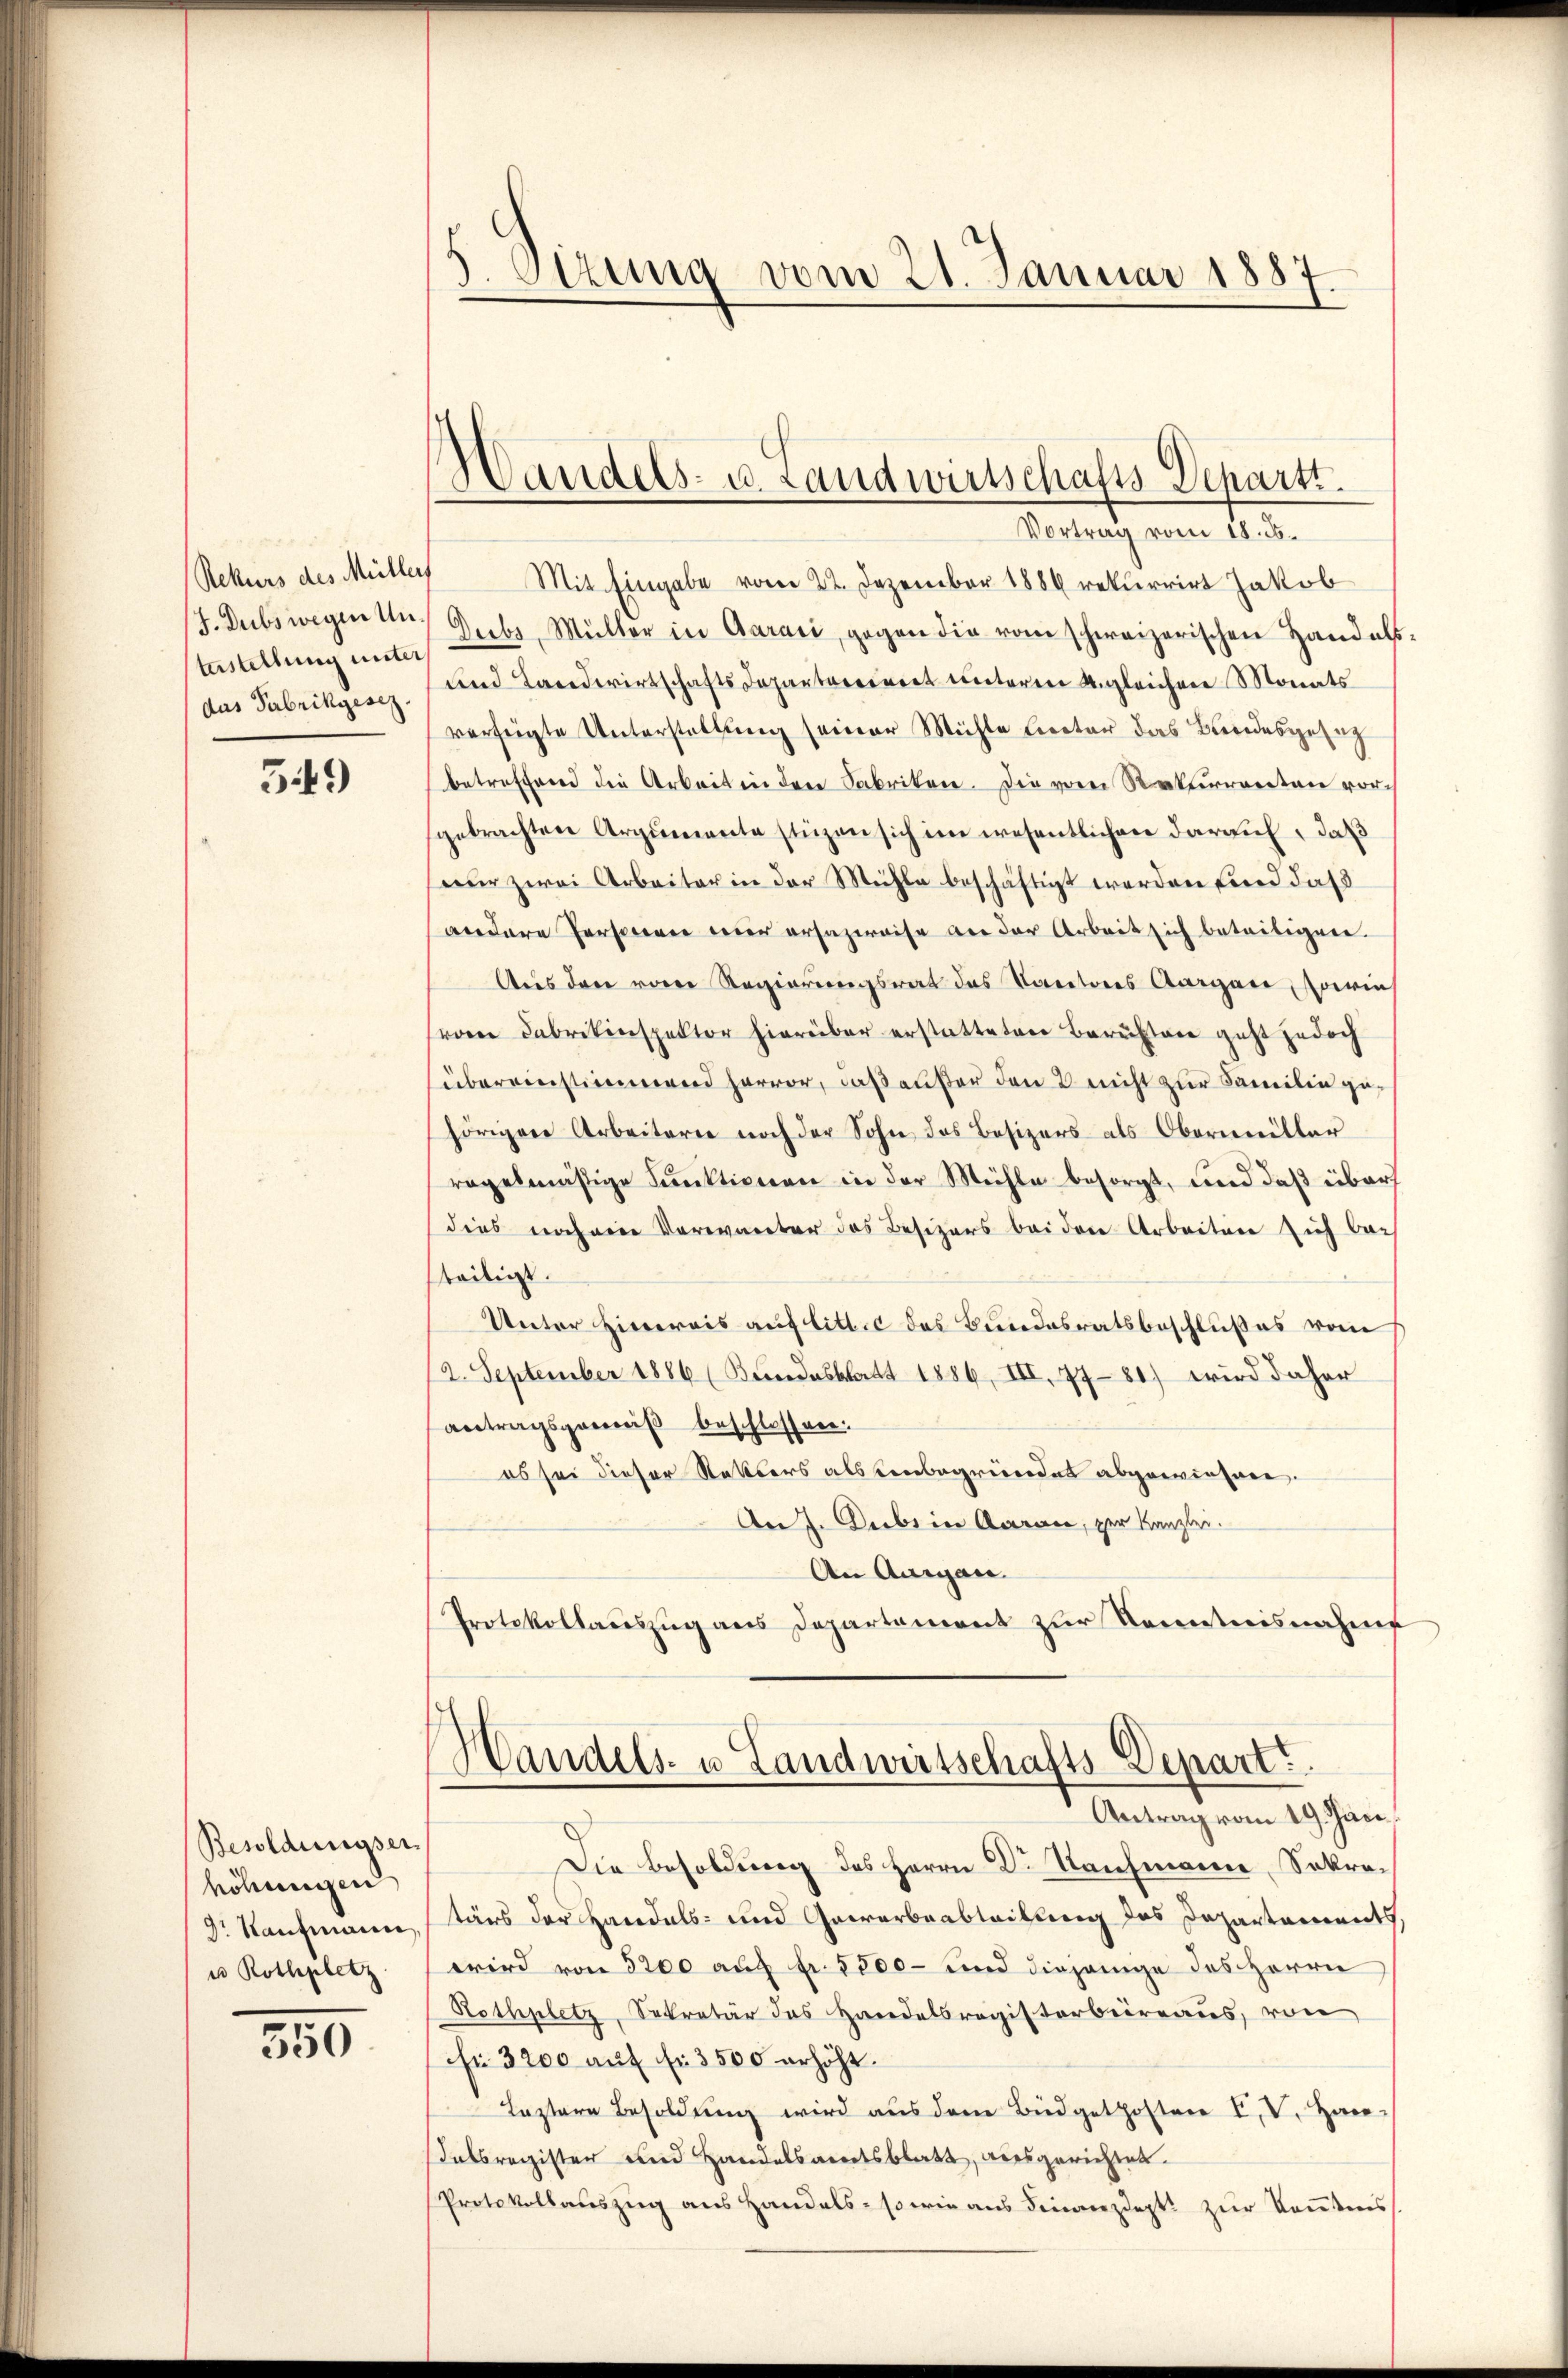
Rekurs des Müllers
J. Dubs wegen Untestellung unter
das Fabrikgesez.

549

Besoldungser
höheressen
9r Kaufmann
u Rothpletz

350

3. Sizung vom 21. Januar 1887.

¬
Standels- u. Landwirtschafts-Departi.

Vortrag vom 18. ds.
Mit Eingabe vom 22. Dezember 1886 rekurrirt Jakob
Diebs, Müller in Garaić, gegen die vom schweizerischen Handels-
und Landwirtschafts Departeriret unteren Ungleichen Monats
verfügte Unterstellung seiner Mühle Liector das Bundesgesag
betreffend die Arbeit in der Fabriken. Die vom Rekurrenten vor
sgebrachten Argumente stüzen sich im wesentlichen darauf, daß
eur zwei Arbeiter in der Mühle beschäftigt werden sind daß
andere Personen wer erhazweise an der Arbeit sich beteiligene
Aus den von Regierungsrat das Karitores Aargare, worin
von Fabrikinspektor hierüber erstatteten Berüftere geht jedoch
übereinstimmend hervor, daß außer den nicht zur Familie gehörigen Arbeiterne noch der Sohn das Besizers als Obermüller
regelmäßige Funktionen in der Mühle besorgt, und daß über
dies noch eine Verwarter das Besizers bei der Arbeiten sich bei
steiligt.
Unter Hinereis auf litt. c des Bundesratsbeschlußes vom
2. September 1886 (Bundesblatt 1886, III. 7781) wird daher
antragsgewiß beschlossen:
es sei dieser Retters als senbegründet abgewiesene.
An 2. Decbr in Aarace, per Kanzlei.
An Augen.
Protokollauszug aus Departement zur Kenntnisnahme
Handels- u. Landwirtschafts-Depart
Antrag vom 19. Jän
Die Besoldung des Herrn Dr. Kaufmann, Sekretärs der Handels- und Gewerbeableibung des Departaments,
wird von 5200 auf fr. 5800- und diejenige des Herrn
Rothplatz, Sekretär das Handelsregisterberaus, von
fi 3200 auf fr. 3500 erhöht.
Leztere Besoldung wird aus dem Büdget hofter VV. Han-
Kelbregister und Handelsammtsblatt, ausgerichtet.
Protokollauszug aus Handels- sowie aus Finanzdept. zur konntens